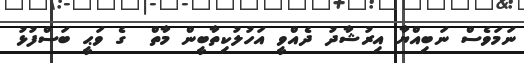
ނަމަވެސް ނަބިއްޔާ އިރުޝާދު ދެއްވީ އަހުލުކިތާބީން މާތް  ގެ ވަޙީ ބަސްފުޅު